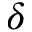
\delta